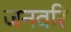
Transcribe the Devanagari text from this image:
जनवरि